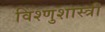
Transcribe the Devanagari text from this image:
विश्णुशास्त्री